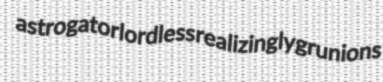
astrogator lordless realizingly grunions